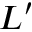
L ^ { \prime }